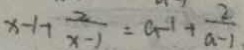
x - 1 + \frac { 2 } { x - 1 } = a - 1 + \frac { 2 } { a - 1 }